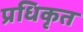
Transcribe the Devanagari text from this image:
प्रधिकृत